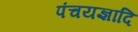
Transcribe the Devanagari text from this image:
पंचयज्ञादि